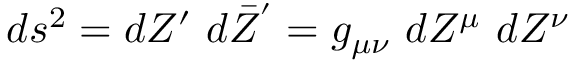
d s ^ { 2 } = d Z ^ { \prime } ~ d \bar { Z } ^ { ' } = g _ { \mu \nu } ~ d Z ^ { \mu } ~ d Z ^ { \nu }